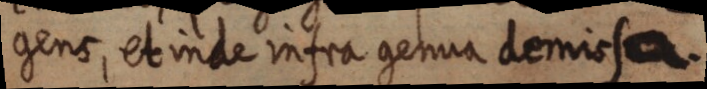
gens, et inde infra genua demissa.